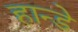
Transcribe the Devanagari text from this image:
हान्डे